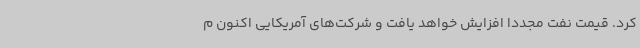
کرد. قیمت نفت مجددا افزایش خواهد یافت و شرکت‌های آمریکایی اکنون م